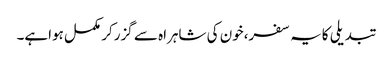
تبدیلی کایہ سفر،خون کی شاہراہ سے گزرکر مکمل ہواہے۔